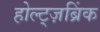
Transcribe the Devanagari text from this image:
होल्ट्ज़ब्रिंक